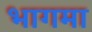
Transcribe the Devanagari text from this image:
भागमा